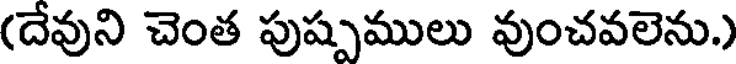
(దేవుని చెంత పుష్పములు వుంచవలెను.)